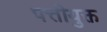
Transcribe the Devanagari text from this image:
पत्तीयुक्त